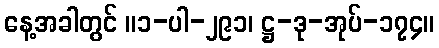
နေ့အခါတွင် ။၁-ပါ-၂၉၁၊ ဋ္ဌ-ဒု-အုပ်-၁၇၄။